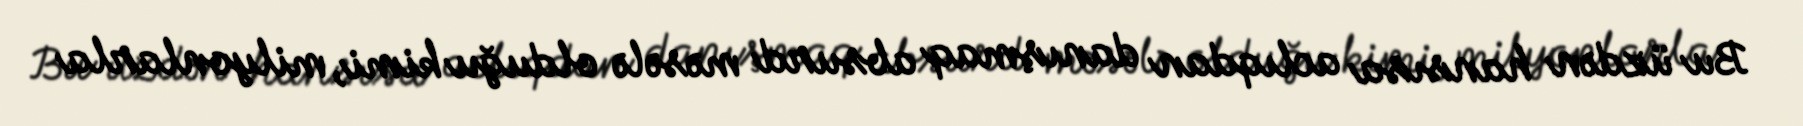
Bu üzdən hansısa aclıqdan danışmaq absurd məsələ olduğu kimi, milyonlarla